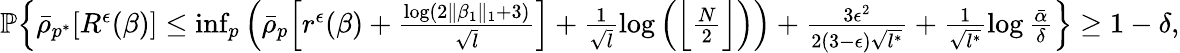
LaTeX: \begin{array}{r}{\mathbb{P}\Big\{ \bar{\rho}_{p^{*}}[R^{\epsilon}(\beta)]\leq\operatorname*{inf}_{p}\Big(\bar{\rho}_{p}\Big[r^{\epsilon}(\beta)+\frac{\log(2\| \beta_{1}\| _{1}+3)}{\sqrt{l}}\Big]+\frac{1}{\sqrt{l}}\log\Big(\Big\lfloor\frac{N}{2}\Big\rfloor\Big)\Big)+\frac{3\epsilon^{2}}{2(3-\epsilon)\sqrt{l^{*}}}+\frac{1}{\sqrt{l^{*}}}\log\frac{\bar{\alpha}}{\delta}\Big\} \geq 1-\delta,}\end{array}